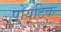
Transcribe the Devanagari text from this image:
पोयटिक